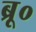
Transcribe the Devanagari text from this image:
ब्रू०